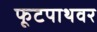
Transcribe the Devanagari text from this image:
फूटपाथवर